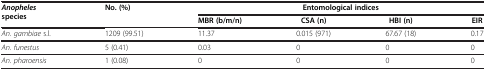
<table><thead><tr><td><b><i>Anopheles </i>species</b></td><td><b>No. (%)</b></td><td colspan="4"><b>Entomological indices</b></td></tr><tr><td><b> </b></td><td><b> </b></td><td><b>MBR (b/m/n)</b></td><td><b>CSA (n)</b></td><td><b>HBI (n)</b></td><td><b>EIR</b></td></tr></thead><tbody><tr><td><i>An. gambiae</i> s.l.</td><td>1209 (99.51)</td><td>11.37</td><td>0.015 (971)</td><td>67.67 (18)</td><td>0.17</td></tr><tr><td><i>An. funestus</i></td><td>5 (0.41)</td><td>0.03</td><td>0</td><td>0</td><td>0</td></tr><tr><td><i>An. pharoensis</i></td><td>1 (0.08)</td><td>0</td><td>0</td><td>0</td><td>0</td></tr></tbody></table>